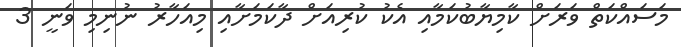
މަސައްކަތް ވަރަށް ކާމިޔާބުކަމާއި އެކު ކުރިއަށް ދާކަމަށާއި މިއަހާރު ނުނިމި ވަނީ 3